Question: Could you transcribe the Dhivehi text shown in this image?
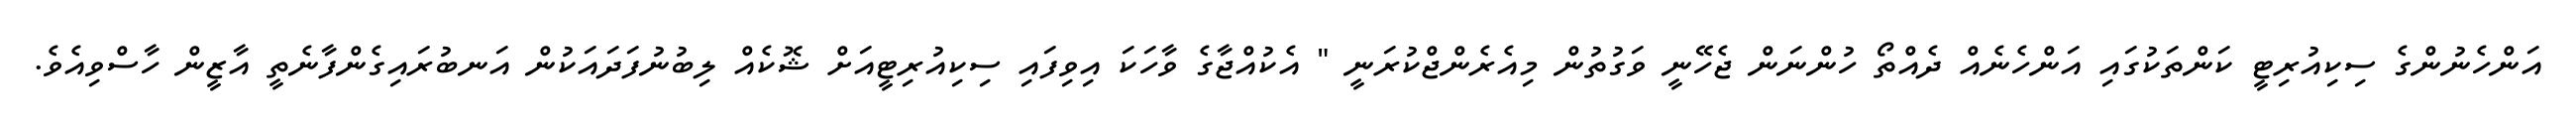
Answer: އަންހެނުންގެ ސިކިއުރިޓީ ކަންތަކުގައި އަންހެނެއް ދެއްތޯ ހުންނަން ޖެހޭނީ ވަގުތުން މިއެރެންޖްކުރަނީ " އެކުއްޖާގެ ވާހަކަ އިވިފައި ސިކިއުރިޓީއަށް ޝޮކެއް ލިބުނުފަދައަކުން އަނބުރައިގެންފާނެތީ އާޒީން ހާސްވިއެވެ.